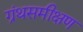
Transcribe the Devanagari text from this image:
ग्रंथसमीक्षण